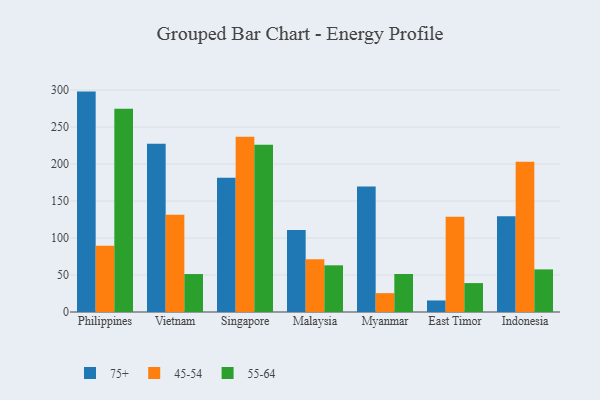
{"axis": {"x": "Country", "y": "Humidity (%)"}, "legend": ["45-54", "55-64", "75+"], "data": [{"x": "Philippines", "y": 297.9, "type": "75+"}, {"x": "Philippines", "y": 89.5, "type": "45-54"}, {"x": "Philippines", "y": 274.6, "type": "55-64"}, {"x": "Vietnam", "y": 227.4, "type": "75+"}, {"x": "Vietnam", "y": 131.3, "type": "45-54"}, {"x": "Vietnam", "y": 51.3, "type": "55-64"}, {"x": "Singapore", "y": 181.5, "type": "75+"}, {"x": "Singapore", "y": 236.9, "type": "45-54"}, {"x": "Singapore", "y": 225.9, "type": "55-64"}, {"x": "Malaysia", "y": 111.0, "type": "75+"}, {"x": "Malaysia", "y": 71.3, "type": "45-54"}, {"x": "Malaysia", "y": 63.1, "type": "55-64"}, {"x": "Myanmar", "y": 169.5, "type": "75+"}, {"x": "Myanmar", "y": 25.5, "type": "45-54"}, {"x": "Myanmar", "y": 51.4, "type": "55-64"}, {"x": "East Timor", "y": 15.6, "type": "75+"}, {"x": "East Timor", "y": 128.6, "type": "45-54"}, {"x": "East Timor", "y": 39.1, "type": "55-64"}, {"x": "Indonesia", "y": 129.5, "type": "75+"}, {"x": "Indonesia", "y": 203.2, "type": "45-54"}, {"x": "Indonesia", "y": 57.6, "type": "55-64"}]}